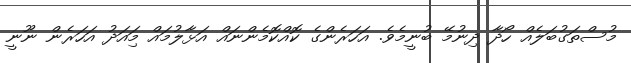
މުސްތަގުބަލެއް ހޯދާ ދިނުމޭ ބުނީމެވެ. އަހަރެންގެ ކޮއްކޮމެންނައް އަޅާލުމައް މިައަދު އަހަރެން ނޫނީ